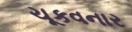
ચૂકવનાર